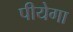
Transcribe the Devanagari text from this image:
पीयेगा